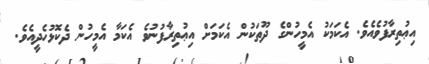
އިޢުތިރާފުވެއެވެ. އެކަމަކު އެމީހުންގެ ދޫތަކުން އެކަމަށް އިޢުތިރާފުނުވެ އެކަމާ އެމީހުން ދެކޮޅުހެދީއެވެ.